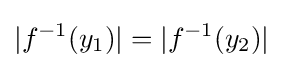
|f^{-1}(y_{1})|=|f^{-1}(y_{2})|